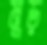
মুড়